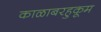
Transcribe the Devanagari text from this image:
काळाबरहुकूम